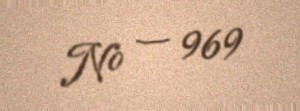
№ — 969